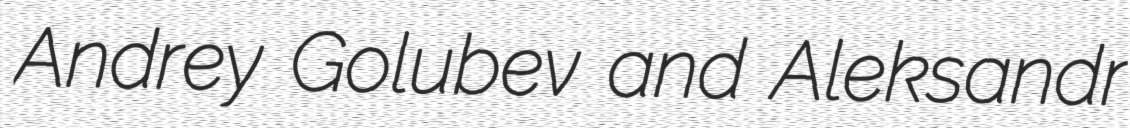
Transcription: Andrey Golubev and Aleksandr